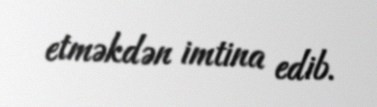
etməkdən imtina edib.